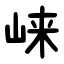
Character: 崃